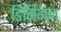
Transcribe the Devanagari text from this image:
डिनिगन